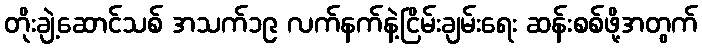
တိုးချဲ့ဆောင်သစ် အသက်၁၉ လက်နက်နဲ့ငြိမ်းချမ်းရေး ဆန်းစစ်ဖို့အတွက်